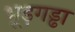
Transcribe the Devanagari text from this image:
भूड़गड्ढा